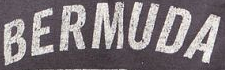
BERMUDA